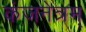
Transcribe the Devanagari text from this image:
कंजनेत्रम्‌